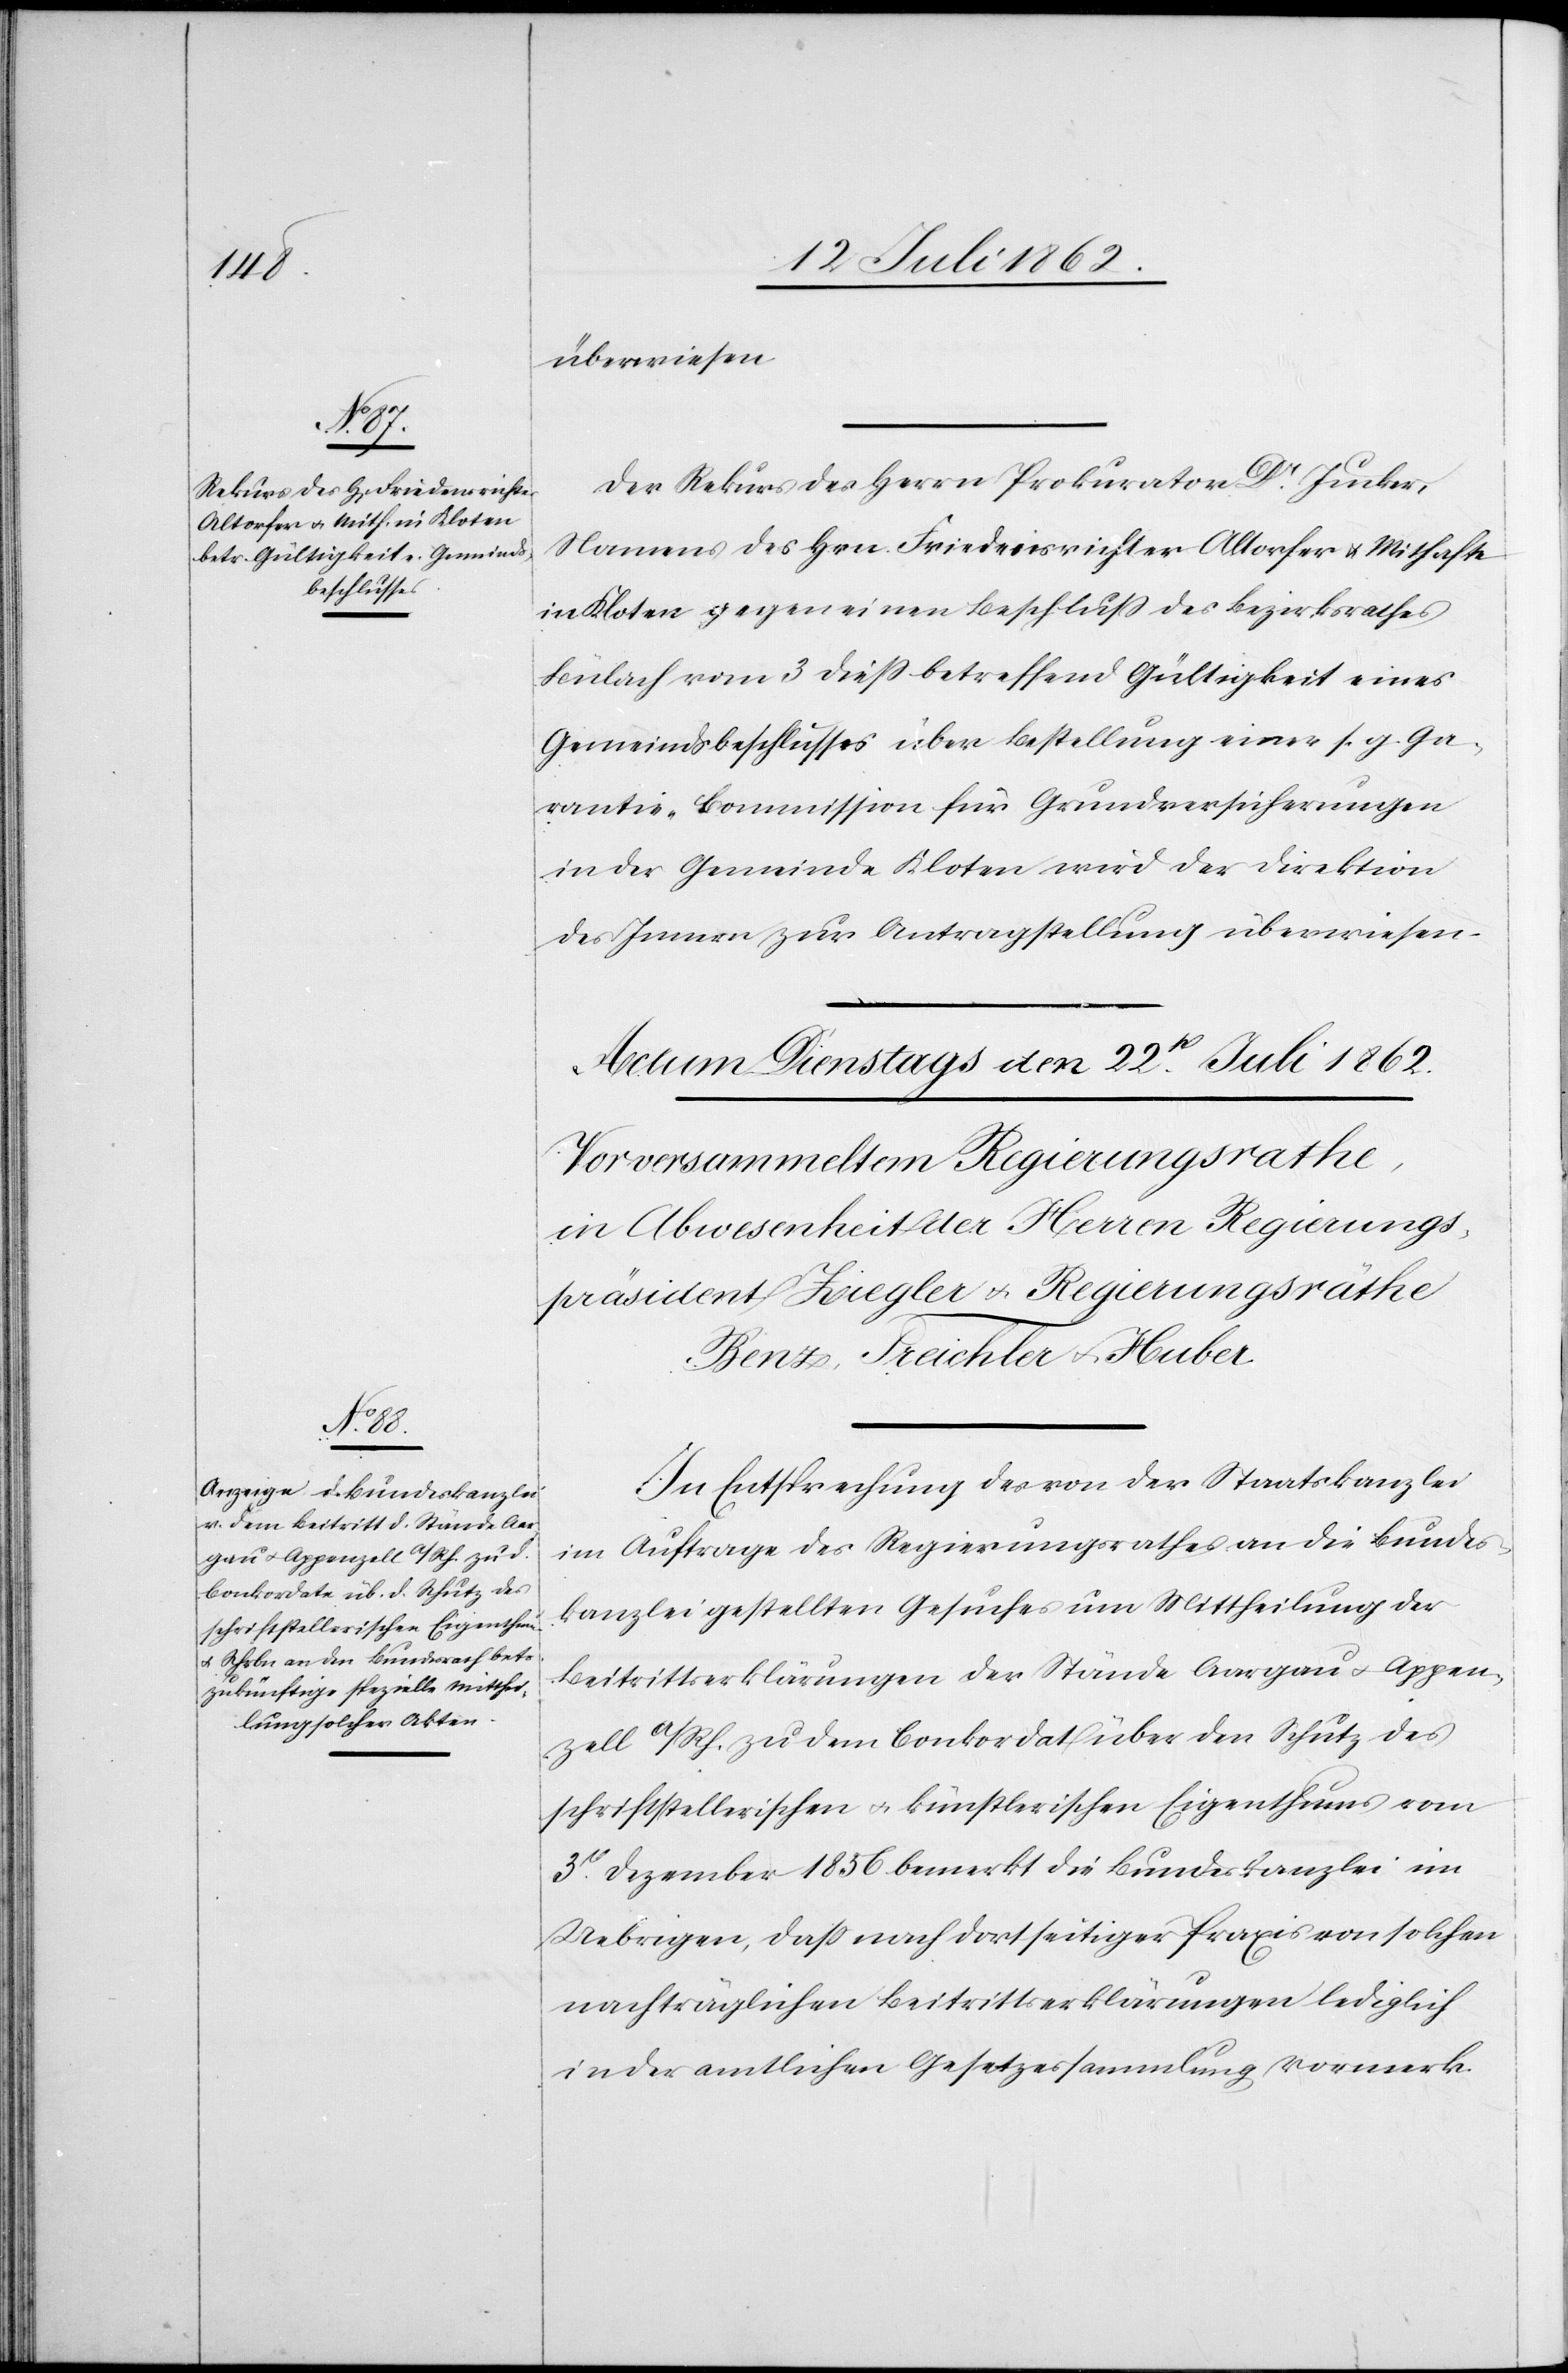
den

21. Juli 1862.]
überwiesen.
Der Rekurs des Herrn Prokurator Dr. Jucker,
Namens des Hrn. Friedensrichter Altorfer u. Mithafte
in Kloten gegen einen Beschluß des Bezirksrathes
Bülach vom 3. dieß betreffend Gültigkeit eines
Gemeindsbeschlusss über Bestellung einer s. g. Ga¬
rantie-Commission für Grundversicherungen
in der Gemeinde Kloten wird der Direktion
des Innern zur Antragstellung überwiesen.
In Entsprechung des von der Staatskanzlei
im Auftrage des Regierungsrathes an die Bundes¬
kanzlei gestellten Gesuches um Mittheilung der
Beitrittserklärungen der Stände Aargau u. Appen¬
zell a/Rh. zu dem Conkordat über den Schutz des
schriftstellerischen u. künstlerischen Eigenthums vom
3t Dezember 1856 bemerkt die Bundeskanzlei im
Uebrigen, daß nach dortseitiger Praxis von solchen
nachträglichen Beitrittserklärungen lediglich
in der amtlichen Gesetzessammlung Vormerk